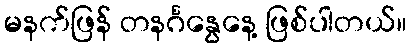
မနက်ဖြန် တနင်္ဂနွေနေ့ ဖြစ်ပါတယ်။